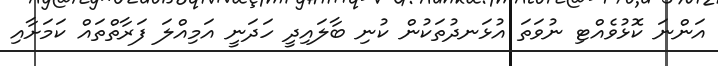
އަންނަ ކޮޅުވެއްޓި ނުވަތަ އުޅަނދުތަކުން ކުނި ބާލައިދީ ހަދަނީ އަމިއްލަ ފަރާތްތައް ކަމަށާއި